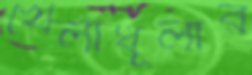
খেলাধূলার